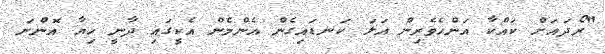
"ރޯދައަށް ކައްކާ އަންހެވެރިން އަލަ ކަނޑައިގެން އެންމެން އެކީގައި ދާނީ ހިޔާ އޮންނަ